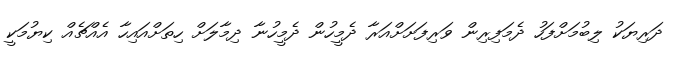
ދަރިޔަކު ލިބުމަށްފަހު ދެމަފިރިން ވަރިފަށަށްއަރާ ދެމީހުން ދެމީހުނާ ދިމާލަށް ހިތަށްއައިހާ އެއްޗެއް ކިޔުމަކީ